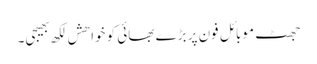
جھٹ موبائل فون پر بڑے بھائی کو خواھش لکھ بھیجی۔